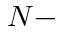
N -